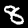
Label: 8